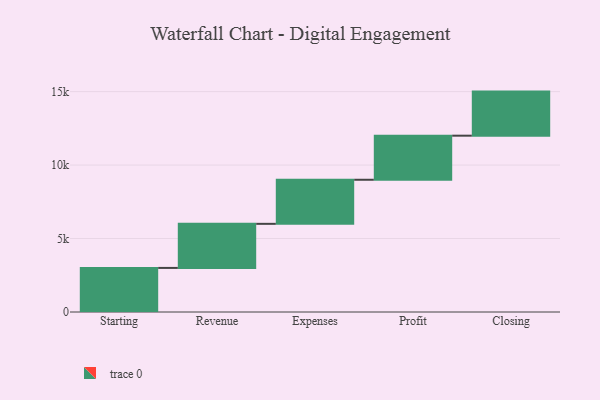
{"axis": {"x": "Step", "y": "Value"}, "legend": [""], "data": [{"x": "Starting", "y": 3000, "type": ""}, {"x": "Revenue", "y": 3000, "type": ""}, {"x": "Expenses", "y": 3000, "type": ""}, {"x": "Profit", "y": 3000, "type": ""}, {"x": "Closing", "y": 3000, "type": ""}]}